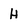
Character: H